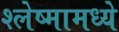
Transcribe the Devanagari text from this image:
श्लेष्मामध्ये